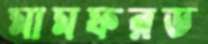
মামফরড